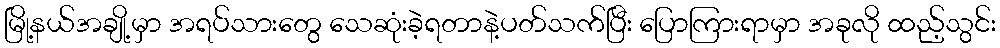
မြို့နယ်အချို့မှာ အရပ်သားတွေ သေဆုံးခဲ့ရတာနဲ့ပတ်သက်ပြီး ပြောကြားရာမှာ အခုလို ထည့်သွင်း